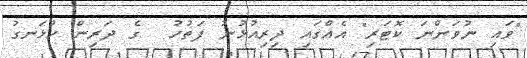
"ވައި ނުވަންނަ ކޮޓަރި" އެއްގައި ދިރިއުޅުނު ފަތުހު  ގެ ދަރިން ހުޅަނގު